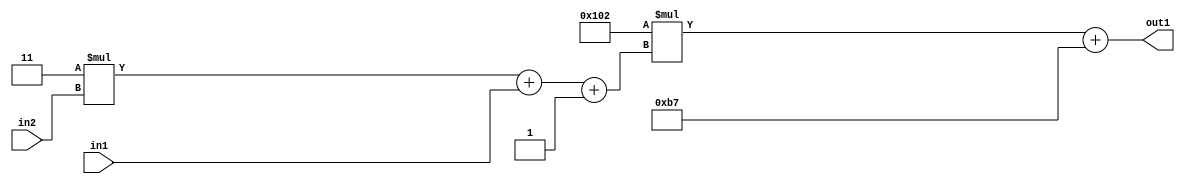
`timescale 1ps / 1ps
/*****************************************************************************
    Verilog RTL Description
    
    
    Created by: Stratus DpOpt 2019.1.01 
*******************************************************************************/

module DC_Filter_Add2i183Mul2i258Add3i1u1Mul2i3u2_1 (
	in2,
	in1,
	out1
	); /* architecture "behavioural" */ 
input [1:0] in2;
input  in1;
output [11:0] out1;
wire [11:0] asc001;
wire [3:0] asc002;

wire [3:0] asc002_tmp_0;
wire [3:0] asc002_tmp_1;
assign asc002_tmp_1 = 
	+(4'B0011 * in2);
assign asc002_tmp_0 = asc002_tmp_1
	+(in1);
assign asc002 = asc002_tmp_0
	+(4'B0001);

wire [11:0] asc001_tmp_2;
assign asc001_tmp_2 = 
	+(12'B000100000010 * asc002);
assign asc001 = asc001_tmp_2
	+(12'B000010110111);

assign out1 = asc001;
endmodule

/* CADENCE  vrTySwk= : u9/ySgnWtBlWxVPRXgAZ4Og= ** DO NOT EDIT THIS LINE ******/